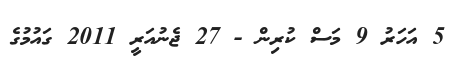
5 އަހަރު 9 މަސް ކުރިން - 27 ޖެނުއަރީ 2011 ގައުމުގެ